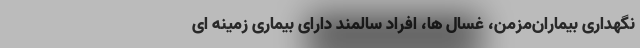
نگهداری بیماران‌مزمن، غسال ها، افراد سالمند دارای بیماری زمینه ای